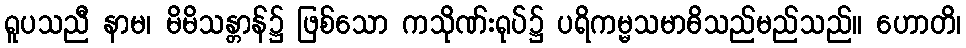
ရူပသညီ နာမ၊ မိမိသန္တာန်၌ ဖြစ်သော ကသိုဏ်းရုပ်၌ ပရိကမ္မသမာဓိသည်မည်သည်။ ဟောတိ၊